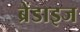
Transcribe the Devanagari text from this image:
ब्रेंडाइज